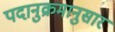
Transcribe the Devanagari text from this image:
पदानुक्रमानुसार